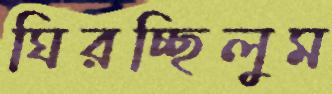
ঘিরচ্ছিলুম